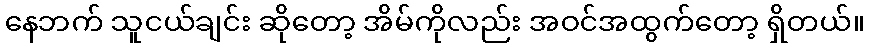
နေဘက် သူငယ်ချင်း ဆိုတော့ အိမ်ကိုလည်း အဝင်အထွက်တော့ ရှိတယ်။